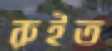
রুইত